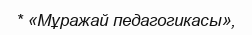
* «Мұражай педагогикасы»,